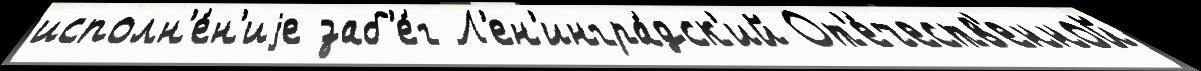
исполн'е́н'иjе заб'е́г Л'ен'ингра́дск'ий От'е́честв'енной